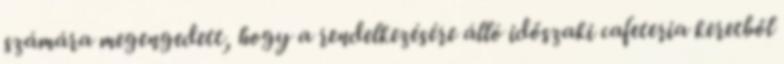
számára megengedett, hogy a rendelkezésére álló időszaki cafeteria keretből